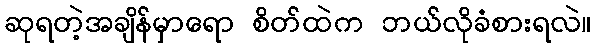
ဆုရတဲ့အချိန်မှာရော စိတ်ထဲက ဘယ်လိုခံစားရလဲ။